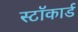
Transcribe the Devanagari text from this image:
स्टॉकार्ड